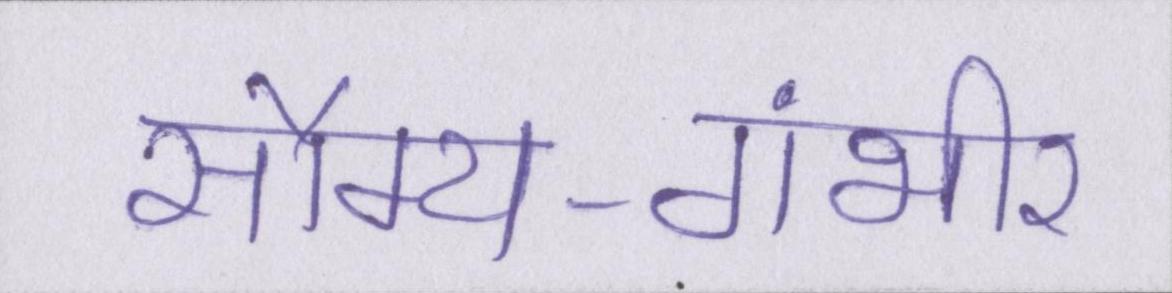
सौम्य-गंभीर